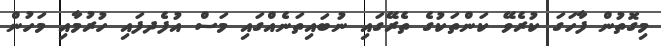
މިގޮތުން ފާހަގަ ކުރެވޭ ކަންތަކުގެ ތެރޭގައި ނުބައިތަނެއްގައި މަސް އުފެދފައި ހުރުމާއި މަހުން